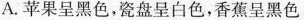
A.苹果呈黑色，瓷盘呈白色，香蕉呈黑色